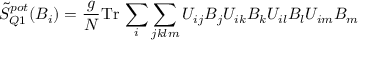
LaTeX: \tilde { S } _ { Q 1 } ^ { p o t } ( B _ { i } ) = \frac { g } { N } \mathrm { T r } \, \sum _ { i } \sum _ { j k l m } U _ { i j } B _ { j } U _ { i k } B _ { k } U _ { i l } B _ { l } U _ { i m } B _ { m }